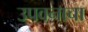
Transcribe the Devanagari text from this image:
उपवनाचा